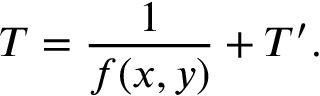
T = \frac { 1 } { f ( x , y ) } + T ^ { \prime } .